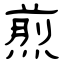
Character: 煎